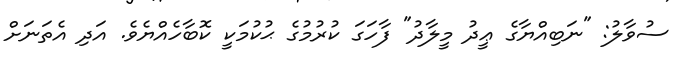
ސުވާލު: "ނަބިއްޔާގެ ޢީދު މީލާދު" ފާހަގަ ކުރުމުގެ ޙުކުމަކީ ކޮބާހެއްޔެވެ. އަދި އެތަނަށް